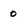
Character: o